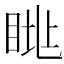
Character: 𥆮